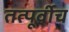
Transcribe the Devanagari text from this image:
तत्पूर्वीच